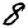
Digit: 8